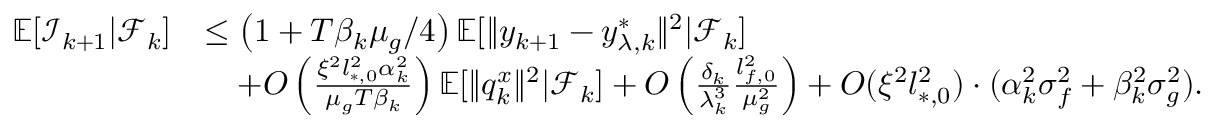
\begin{array} { r l } { \mathbb { E } [ \mathcal { I } _ { k + 1 } | \mathcal { F } _ { k } ] } & { \le \left( 1 + T \beta _ { k } \mu _ { g } / 4 \right) \mathbb { E } [ \| y _ { k + 1 } - y _ { \lambda , k } ^ { * } \| ^ { 2 } | \mathcal { F } _ { k } ] } \\ & { \quad + O \left( \frac { \xi ^ { 2 } l _ { * , 0 } ^ { 2 } \alpha _ { k } ^ { 2 } } { \mu _ { g } T \beta _ { k } } \right) \mathbb { E } [ \| q _ { k } ^ { x } \| ^ { 2 } | \mathcal { F } _ { k } ] + O \left( \frac { \delta _ { k } } { \lambda _ { k } ^ { 3 } } \frac { l _ { f , 0 } ^ { 2 } } { \mu _ { g } ^ { 2 } } \right) + O ( \xi ^ { 2 } l _ { * , 0 } ^ { 2 } ) \cdot ( \alpha _ { k } ^ { 2 } \sigma _ { f } ^ { 2 } + \beta _ { k } ^ { 2 } \sigma _ { g } ^ { 2 } ) . } \end{array}